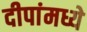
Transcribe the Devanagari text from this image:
दीपांमध्ये